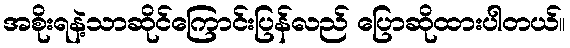
အစိုးရနဲ့သာဆိုင်ကြောင်းပြန်လည် ပြောဆိုထားပါတယ်။